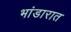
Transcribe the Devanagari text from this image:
भांडारात